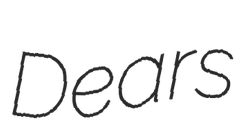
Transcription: Dears